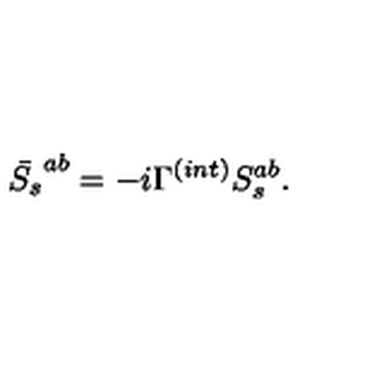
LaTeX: \bar { S _ { s } } ^ { a b } = - i \Gamma ^ { ( i n t ) } S _ { s } ^ { a b } .